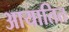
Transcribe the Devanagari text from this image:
आयातित